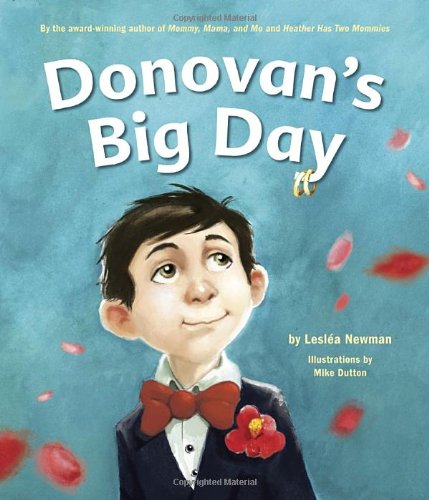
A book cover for Donovan's Big Day; Leslea Newman; Gay & Lesbian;